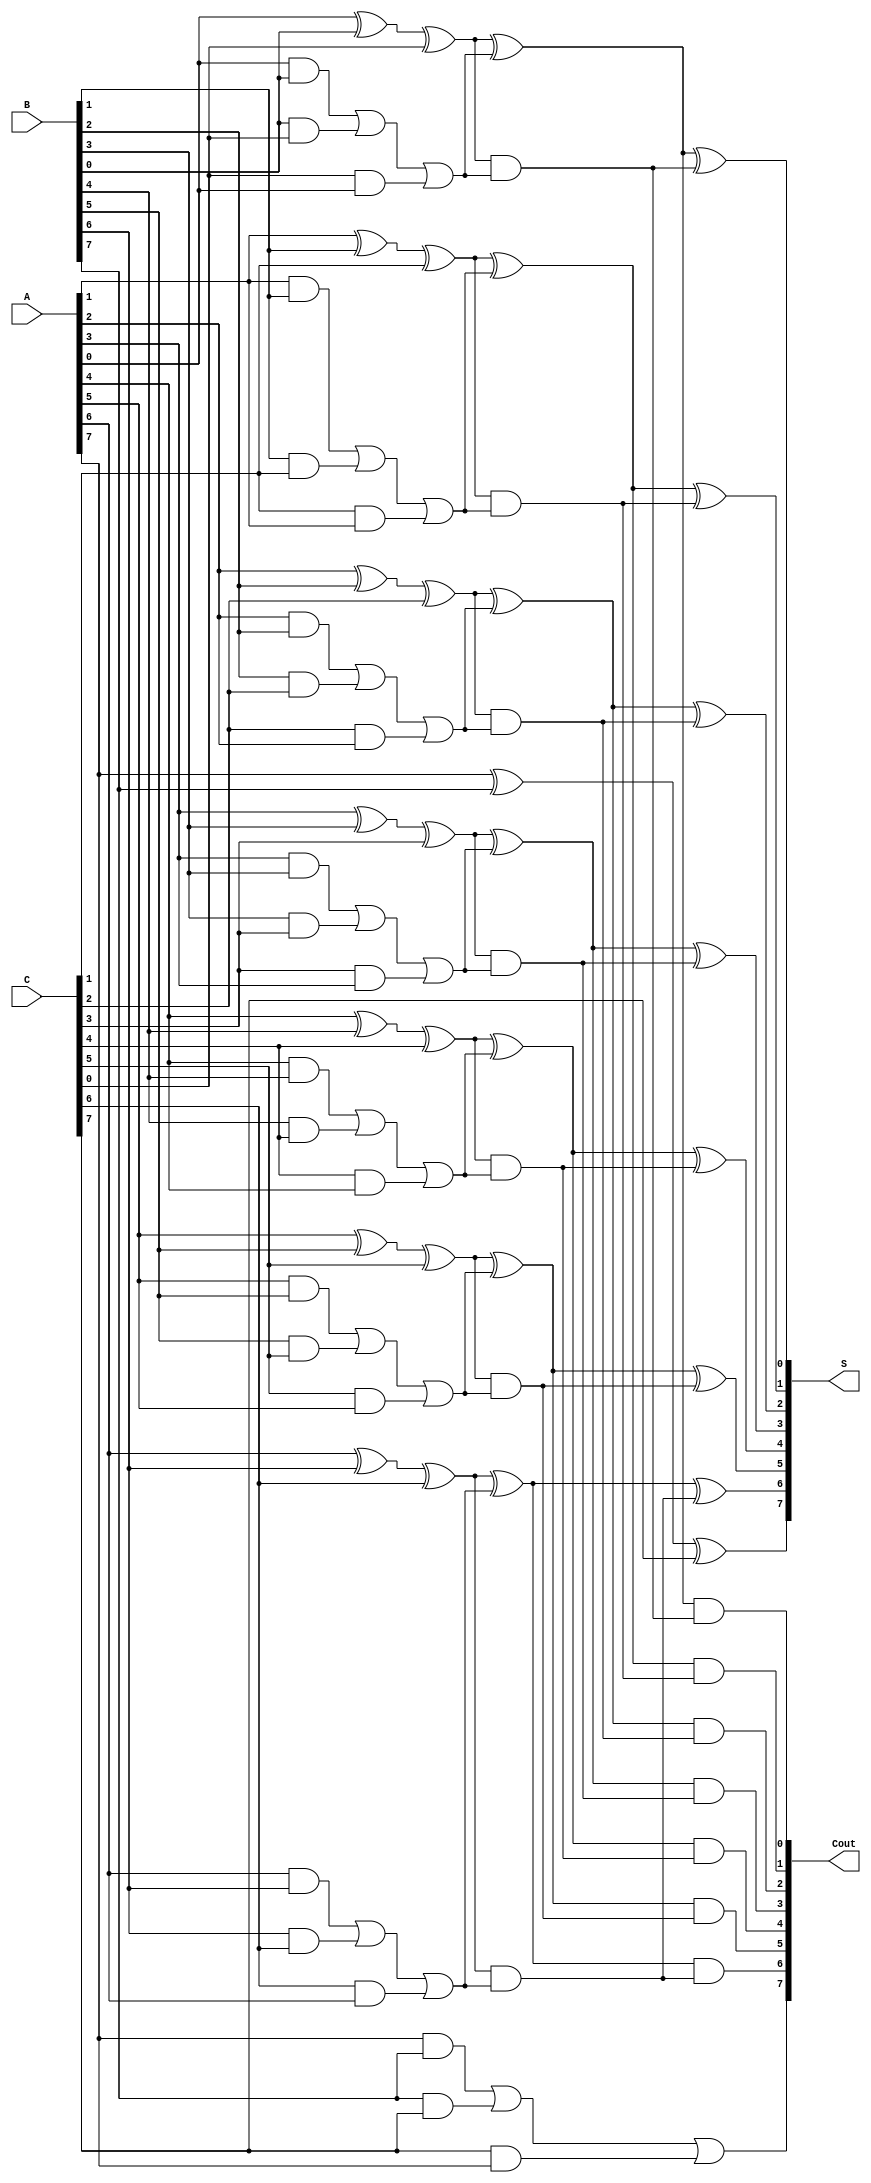
module CarrySaveAdder #(parameter N = 8) (
    input  [N-1:0] A,    // First operand
    input  [N-1:0] B,    // Second operand
    input  [N-1:0] C,    // Third operand
    output [N-1:0] S,    // Final sum output
    output [N-1:0] Cout   // Final carry output
);

// Intermediate signals for partial sums and carries
wire [N-1:0] S1, S2, C1, C2;

// Generate partial sums and carries for each bit
genvar i;
generate
    for (i = 0; i < N; i = i + 1) begin: CSA
        assign S1[i] = A[i] ^ B[i] ^ C[i]; // Partial sum
        assign C1[i] = (A[i] & B[i]) | (B[i] & C[i]) | (C[i] & A[i]); // Partial carry
    end
endgenerate

// Reduction tree to combine the partial sums and carries
// For simplicity, let's assume we reduce the outputs using full adders
wire [N-1:0] S_temp, Cout_temp;
wire [N-1:0] carry_out;

// First level of reduction using full adders
generate
    for (i = 0; i < N-1; i = i + 1) begin: FullAdderLevel1
        assign S_temp[i] = S1[i] ^ C1[i]; // Sum from CSA
        assign carry_out[i] = S1[i] & C1[i]; // Carry out from CSA
    end
    assign S_temp[N-1] = S1[N-1]; // Handle last bit separately
    assign carry_out[N-1] = C1[N-1]; // Handle last bit separately
endgenerate

// Second level of reduction to finalize sum and carry
generate
    for (i = 0; i < N-1; i = i + 1) begin: FinalReduction
        assign S[i] = S_temp[i] ^ carry_out[i]; // Final sum
        assign Cout[i] = S_temp[i] & carry_out[i]; // Final carry
    end
    assign S[N-1] = S_temp[N-1]; // Final sum last bit
    assign Cout[N-1] = carry_out[N-1]; // Final carry last bit
endgenerate

// Final carry out computation
assign Cout = Cout_temp; // Assign final carry output

endmodule